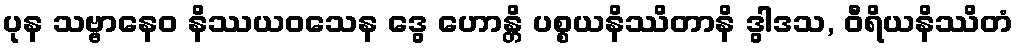
ပုန သဗ္ဗာနေဝ နိဿယဝသေန ဒွေ ဟောန္တိ ပစ္စယနိဿိတာနိ ဒွါဒသ, ဝီရိယနိဿိတံ